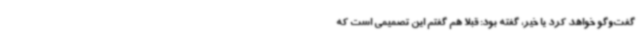
گفت‌وگو خواهد کرد یا خیر، گفته بود: قبلا هم گفتم این تصمیمی است که